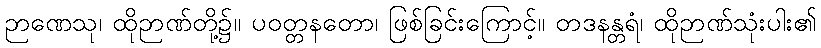
ဉာဏေသု၊ ထိုဉာဏ်တို့၌။ ပဝတ္တနတော၊ ဖြစ်ခြင်းကြောင့်။ တဒနန္တရံ၊ ထိုဉာဏ်သုံးပါး၏